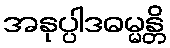
အနုပ္ပါဒဓမ္မန္တိ